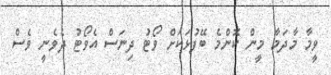
ވީމާ މާދަމާ މީން ކޮންމެ ބޭފުޅަކަށް ވޯޓު ދިނަސް އެވޯޓު ދެވެނީ ވެސް